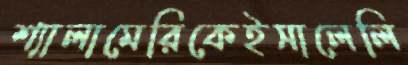
শ্যালামেরিকেইসালেলি